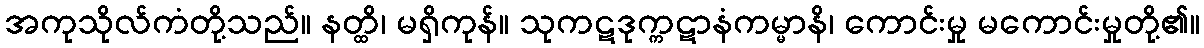
အကုသိုလ်ကံတို့သည်။ နတ္ထိ၊ မရှိကုန်။ သုကဋဒုက္ကဋာနံကမ္မာနိ၊ ကောင်းမှု မကောင်းမှုတို့၏။